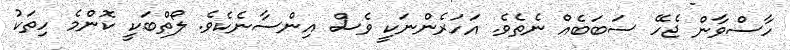
ހާސްވާން ޖެހޭ ސަބަބެއް ނެތެވެ. އަހަރެންނަކީ ވެސް އިންސާނެކެވެ. ލޯތްބަކީ ކޮންމެ ހިތަކު